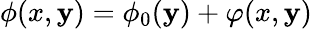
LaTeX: \phi(x,\mathbf{y})=\phi_{0}(\mathbf{y})+\varphi(x,\mathbf{y})